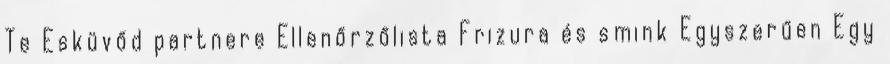
Te Esküvőd partnere Ellenőrzőlista Frizura és smink Egyszerűen Egy